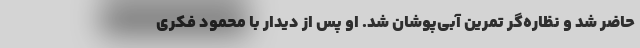
حاضر شد و نظاره‌گر تمرین آبی‌پوشان شد. او پس از دیدار با محمود فکری